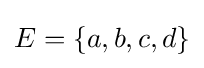
E=\{a,b,c,d\}